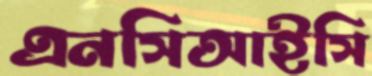
এনসিআইসি